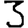
Digit: 3